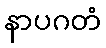
နာပဂတံ